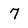
Character: 7